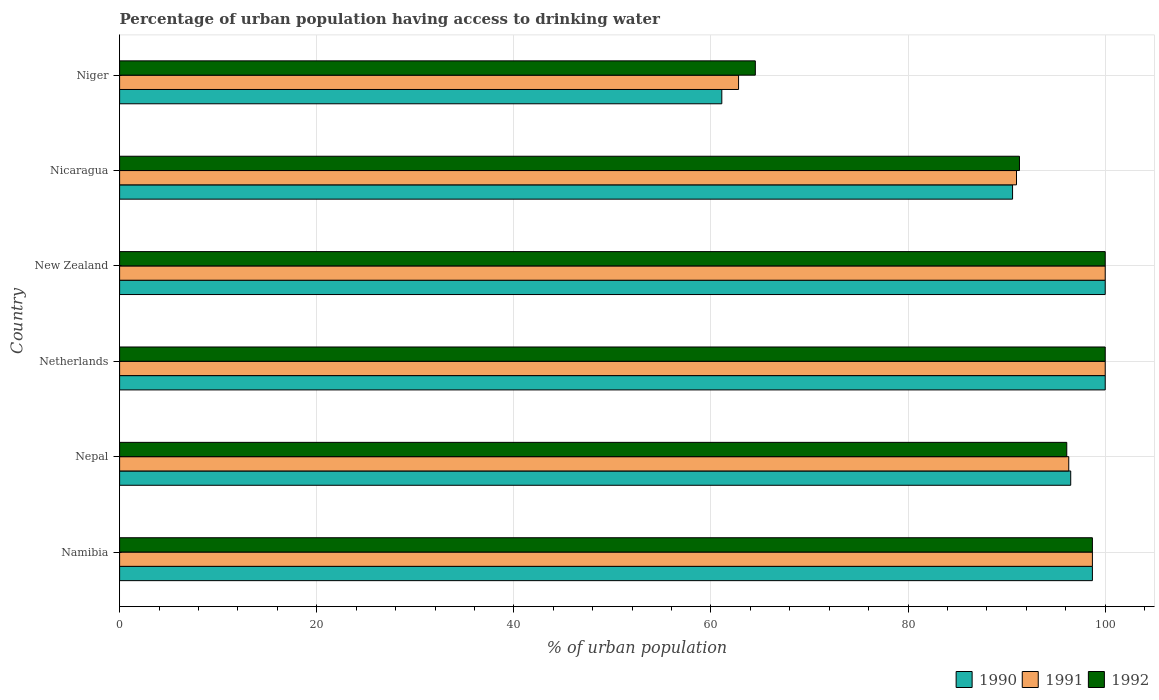
| Country | 1990 | 1991 | 1992 |
 | --- | --- | --- | --- |
 | Namibia | 98.7 | 98.7 | 98.7 |
 | Nepal | 96.5 | 96.3 | 96.1 |
 | Netherlands | 100 | 100 | 100 |
 | New Zealand | 100 | 100 | 100 |
 | Nicaragua | 90.6 | 91 | 91.3 |
 | Niger | 61.1 | 62.8 | 64.5 |